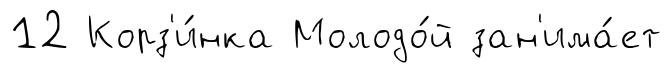
12 Корз'и́нка Молодо́й зан'има́ет